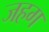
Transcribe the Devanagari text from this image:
जहग